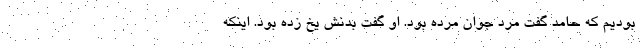
بودیم که حامد گفت مرد جوان مرده بود. او گفت بدنش یخ زده بود. اینکه